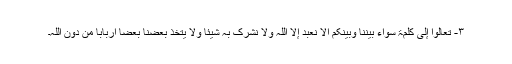
۳- تعالوا إلی کلمۃ سواء بیننا وبینکم ألا نعبد إلا اللّٰہ ولا نشرک بہ شیئاً ولا یتخذ بعضنا بعضاً أربابا من دون اللّٰہ۔